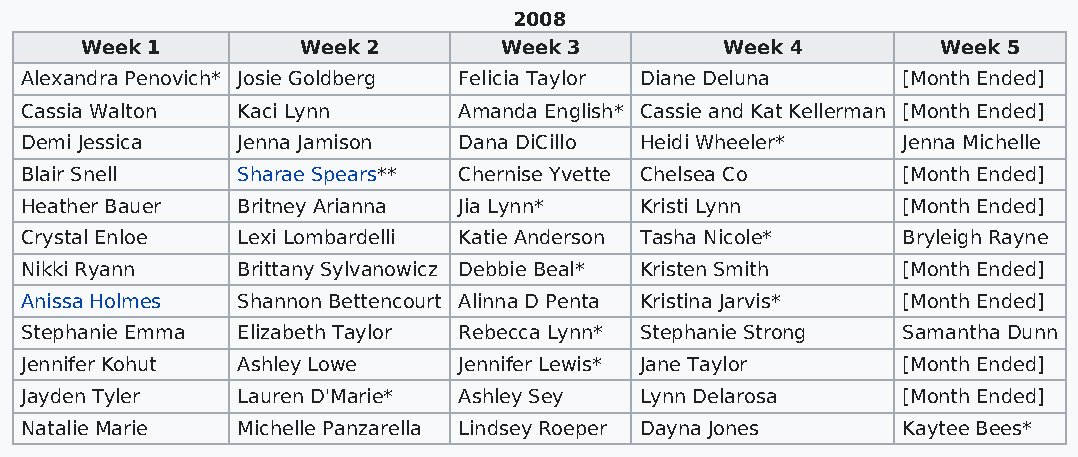
2008
 Week 1         Week 2       Week 3         Week 4        Week 5
 Alexandra Penovich* Josie Goldberg Felicia Taylor Diane Deluna [Month Ended]
 Cassia Walton  Kaci Lynn     Amanda English* Cassie and Kat Kellerman [Month Ended]
 Demi Jessica   Jenna Jamison Dana DiCillo Heidi Wheeler*   Jenna Michelle
 Blair Snell    Sharae Spears** Chernise Yvette Chelsea Co  [Month Ended]
 Heather Bauer  Britney Arianna Jia Lynn* Kristi Lynn       [Month Ended]
 Crystal Enloe  Lexi Lombardelli Katie Anderson Tasha Nicole* Bryleigh Rayne
 Nikki Ryann    Brittany Sylvanowicz Debbie Beal* Kristen Smith [Month Ended]
 Anissa Holmes  Shannon Bettencourt Alinna D Penta Kristina Jarvis* [Month Ended]
 Stephanie Emma Elizabeth Taylor Rebecca Lynn* Stephanie Strong Samantha Dunn
 Jennifer Kohut Ashley Lowe   Jennifer Lewis* Jane Taylor   [Month Ended]
 Jayden Tyler   Lauren D'Marie* Ashley Sey Lynn Delarosa    [Month Ended]
 Natalie Marie  Michelle Panzarella Lindsey Roeper Dayna Jones Kaytee Bees*